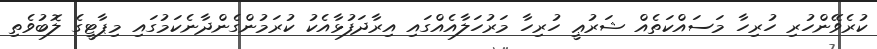
ކުރެވޭންހުރި ހުރިހާ މަސައްކަތެއް ޝަރުޢީ ހުރިހާ މަރުހަލާއެއްގައި އިރާދަފުޅާއެކު ކުރަމުންގެންދާނެކަމުގައި މިޕާޓީގެ ލޮބުވެތި